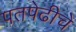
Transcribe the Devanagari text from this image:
पतपेढीचे